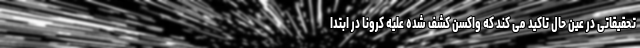
تحقیقاتی در عین حال تاکید می کند که واکسن کشف شده علیه کرونا در ابتدا